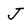
Character: J